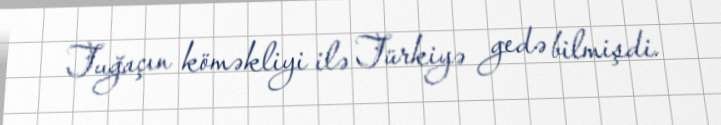
Tuğaçın köməkliyi ilə Türkiyə gedə bilmişdi.